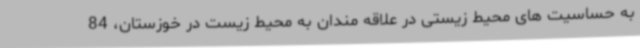
به حساسیت های محیط زیستی در علاقه مندان به محیط زیست در خوزستان، 84